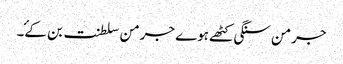
جرمن سنگی کٹھے ہوے جرمن سلطنت بن کۓ۔